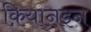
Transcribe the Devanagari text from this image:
क़ियानइन